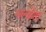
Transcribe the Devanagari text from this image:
अल्योशा